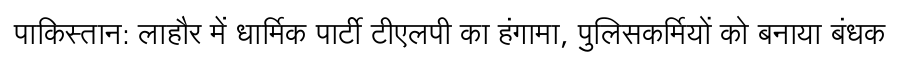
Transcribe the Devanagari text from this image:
पाकिस्तान: लाहौर में धार्मिक पार्टी टीएलपी का हंगामा, पुलिसकर्मियों को बनाया बंधक